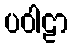
ပဝါဠာ